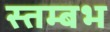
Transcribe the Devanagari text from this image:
स्तम्बभ